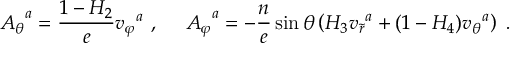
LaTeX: { A _ { \theta } } ^ { a } = \frac { 1 - H _ { 2 } } { e } { v _ { \varphi } } ^ { a } \ , \ \ \ \ { A _ { \varphi } } ^ { a } = - \frac { n } { e } \sin \theta \left( H _ { 3 } { v _ { \tilde { r } } } ^ { a } + ( 1 - H _ { 4 } ) { v _ { \theta } } ^ { a } \right) \ .